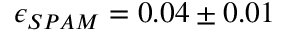
\epsilon _ { S P A M } = 0 . 0 4 \pm 0 . 0 1